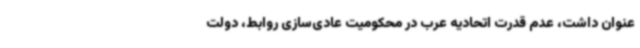
عنوان داشت، عدم قدرت اتحادیه عرب در محکومیت عادی‌سازی روابط، دولت